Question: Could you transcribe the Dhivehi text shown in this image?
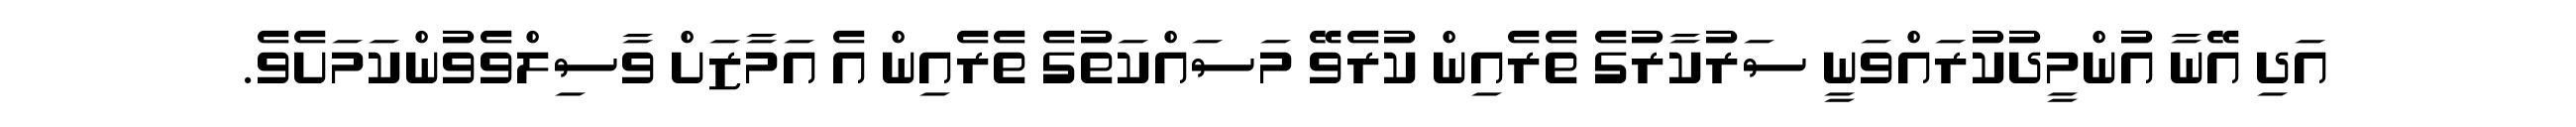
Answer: އަދި އޭނާ އުންމީދުކުރައްވަނީ ސަރުކާރުގެ ތެރެއިން ކުރެވޭ މަސައްކަތުގެ ތެރެއިން އެ އަމާޒަށް ވާސިލްވެވުންކަމަށެވެ.